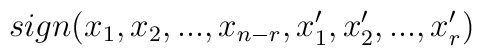
sign(x_{1},x_{2},...,x_{n-r},x_{1}^{\prime },x_{2}^{\prime},...,x_{r}^{\prime })